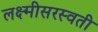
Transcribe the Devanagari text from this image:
लक्ष्मीसरस्वती